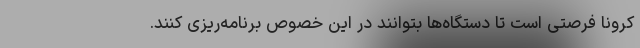
کرونا فرصتی است تا دستگاه‌ها بتوانند در این خصوص برنامه‌ریزی کنند.